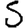
Digit: 5